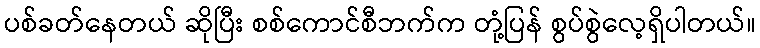
ပစ်ခတ်နေတယ် ဆိုပြီး စစ်ကောင်စီဘက်က တုံ့ပြန် စွပ်စွဲလေ့ရှိပါတယ်။